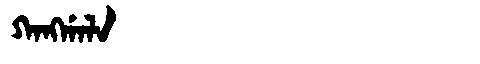
Manchu: ᡴᠠᠩᡤᠠᠯᠠ
Romanization: KANGGALA